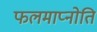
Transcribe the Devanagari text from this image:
फलमाप्नोति